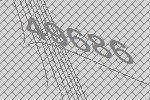
49686